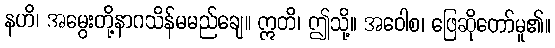
နဟိ၊ အမွေးတို့နာဂသိန်မမည်ချေ။ ဣတိ၊ ဤသို့။ အဝေါစ၊ ဖြေဆိုတော်မူ၏။